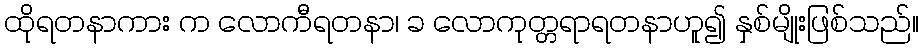
ထိုရတနာကား က လောကီရတနာ၊ ခ လောကုတ္တရာရတနာဟူ၍ နှစ်မျိုးဖြစ်သည်။